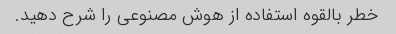
خطر بالقوه استفاده از هوش مصنوعی را شرح دهید.